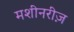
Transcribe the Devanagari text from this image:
मशीनरीज़